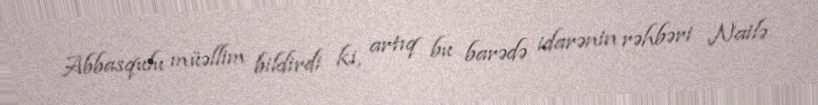
Abbasqulu müəllim bildirdi ki, artıq bu barədə idarənin rəhbəri Nailə